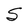
Character: S